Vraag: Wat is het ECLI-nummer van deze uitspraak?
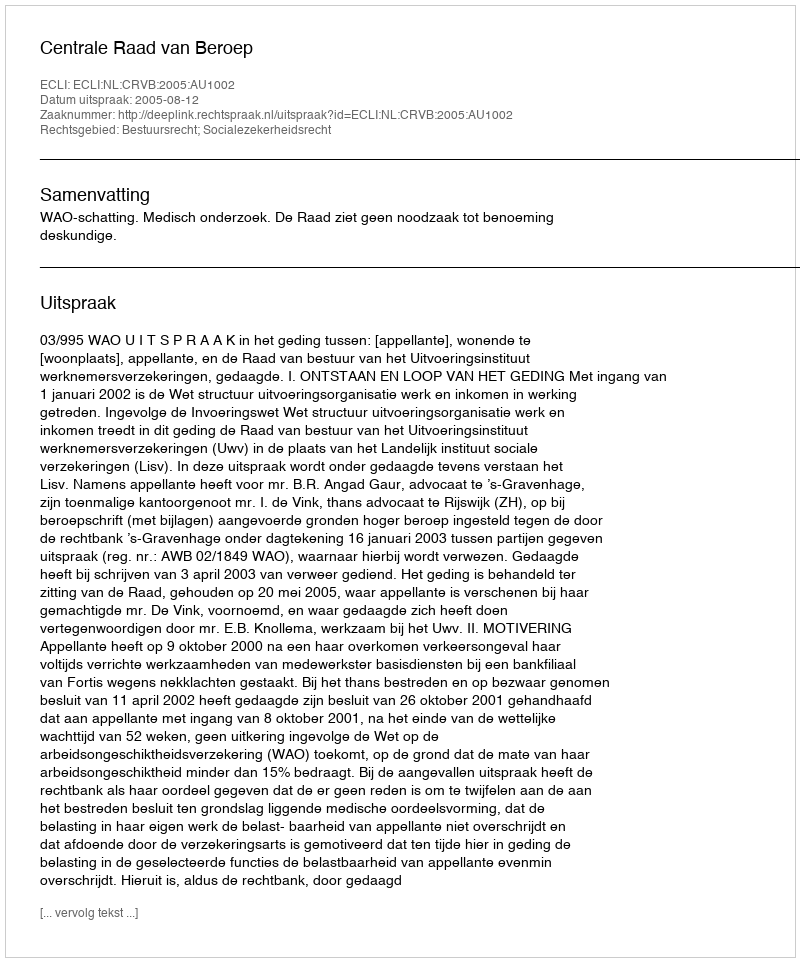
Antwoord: ECLI:NL:CRVB:2005:AU1002